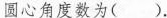
圆心角度数为().